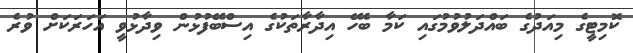
ކޮމިޓީގެ މިއަދުގެ ބައްދަލުވުމުގައި ކަމާ ބެހޭ އިދާރާތަކުގެ އިސްބޭފުޅުން ވިދާޅުވީ އަހަރަކަށް ވުރެ